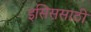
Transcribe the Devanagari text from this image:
इसिससाठी